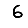
Digit: 6